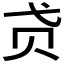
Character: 𰷞